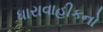
ધારાવાહીકનો